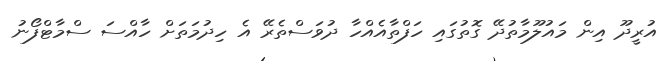
އުރީދޫ އިން މައުލޫމާތުދޭ ގޮތުގައި ހަފްތާއެއްހާ ދުވަސްތެރޭ އެ ހިދުމަތަށް ހާއްސަ ސްމާޓްފޯނު